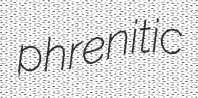
phrenitic